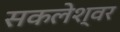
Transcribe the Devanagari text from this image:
सकलेश्वर